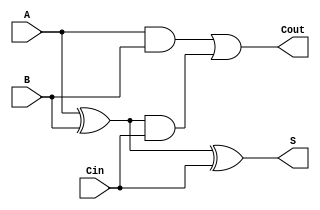
module FullAdder (
    input wire A,      // First binary input bit
    input wire B,      // Second binary input bit
    input wire Cin,    // Carry input from the previous less significant bit
    output wire S,     // Sum output bit
    output wire Cout   // Carry output bit
);

// Behavioral description of the Full Adder
assign S = A ^ B ^ Cin; // Sum output
assign Cout = (A & B) | ((A ^ B) & Cin); // Carry output

endmodule